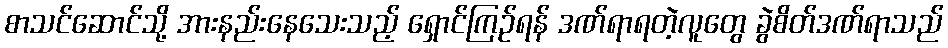
စာသင်ဆောင်သို့ အားနည်းနေသေးသည့် ရှောင်ကြဉ်ရန် ဒဏ်ရာရတဲ့လူတွေ ခွဲစိတ်ဒဏ်ရာသည်